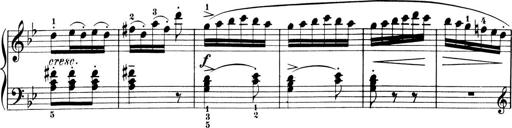
Title: 6 Piano Sonatinas
Composer: Cornelius Gurlitt